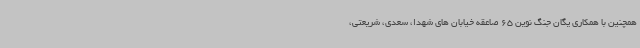
همچنین با همکاری یگان جنگ نوین 65 صاعقه خیابان های شهدا، سعدی، شریعتی،